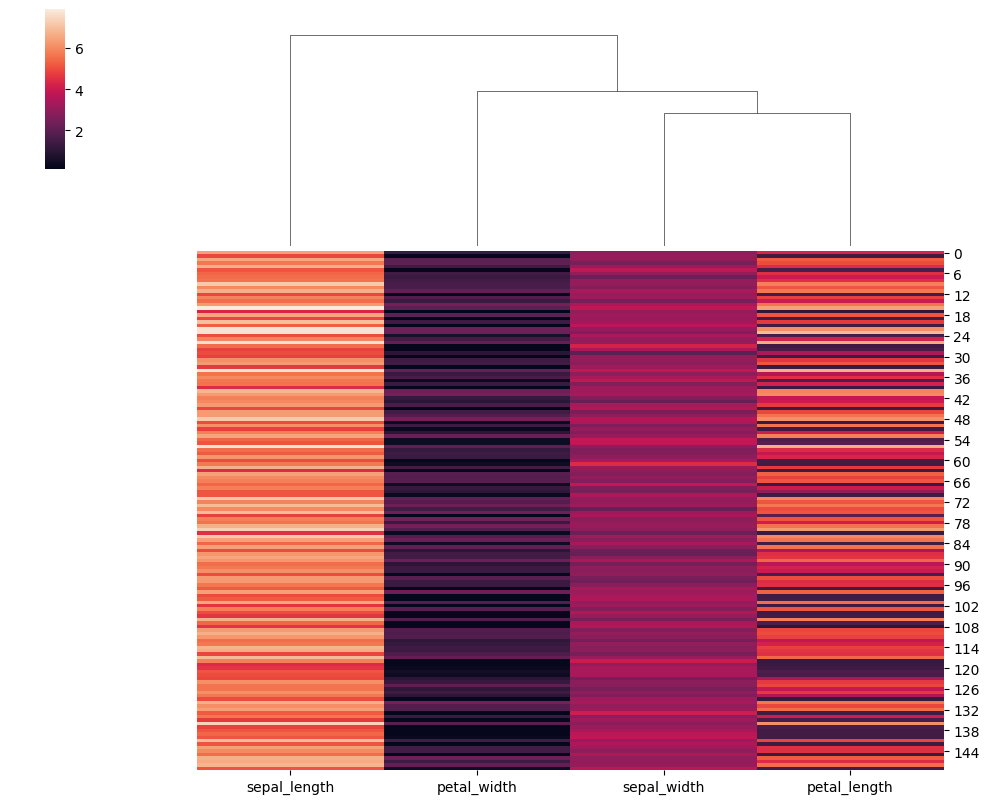
python, seaborn, clustermap, figsize=(10, 8), row_cluster=False, dendrogram_ratio=(0.2, 0.3), cbar_pos=(0.05, 0.8, 0.02, 0.2)